NAE_EAOK_eestikeelsed_sunnimeetrikad, lk 27
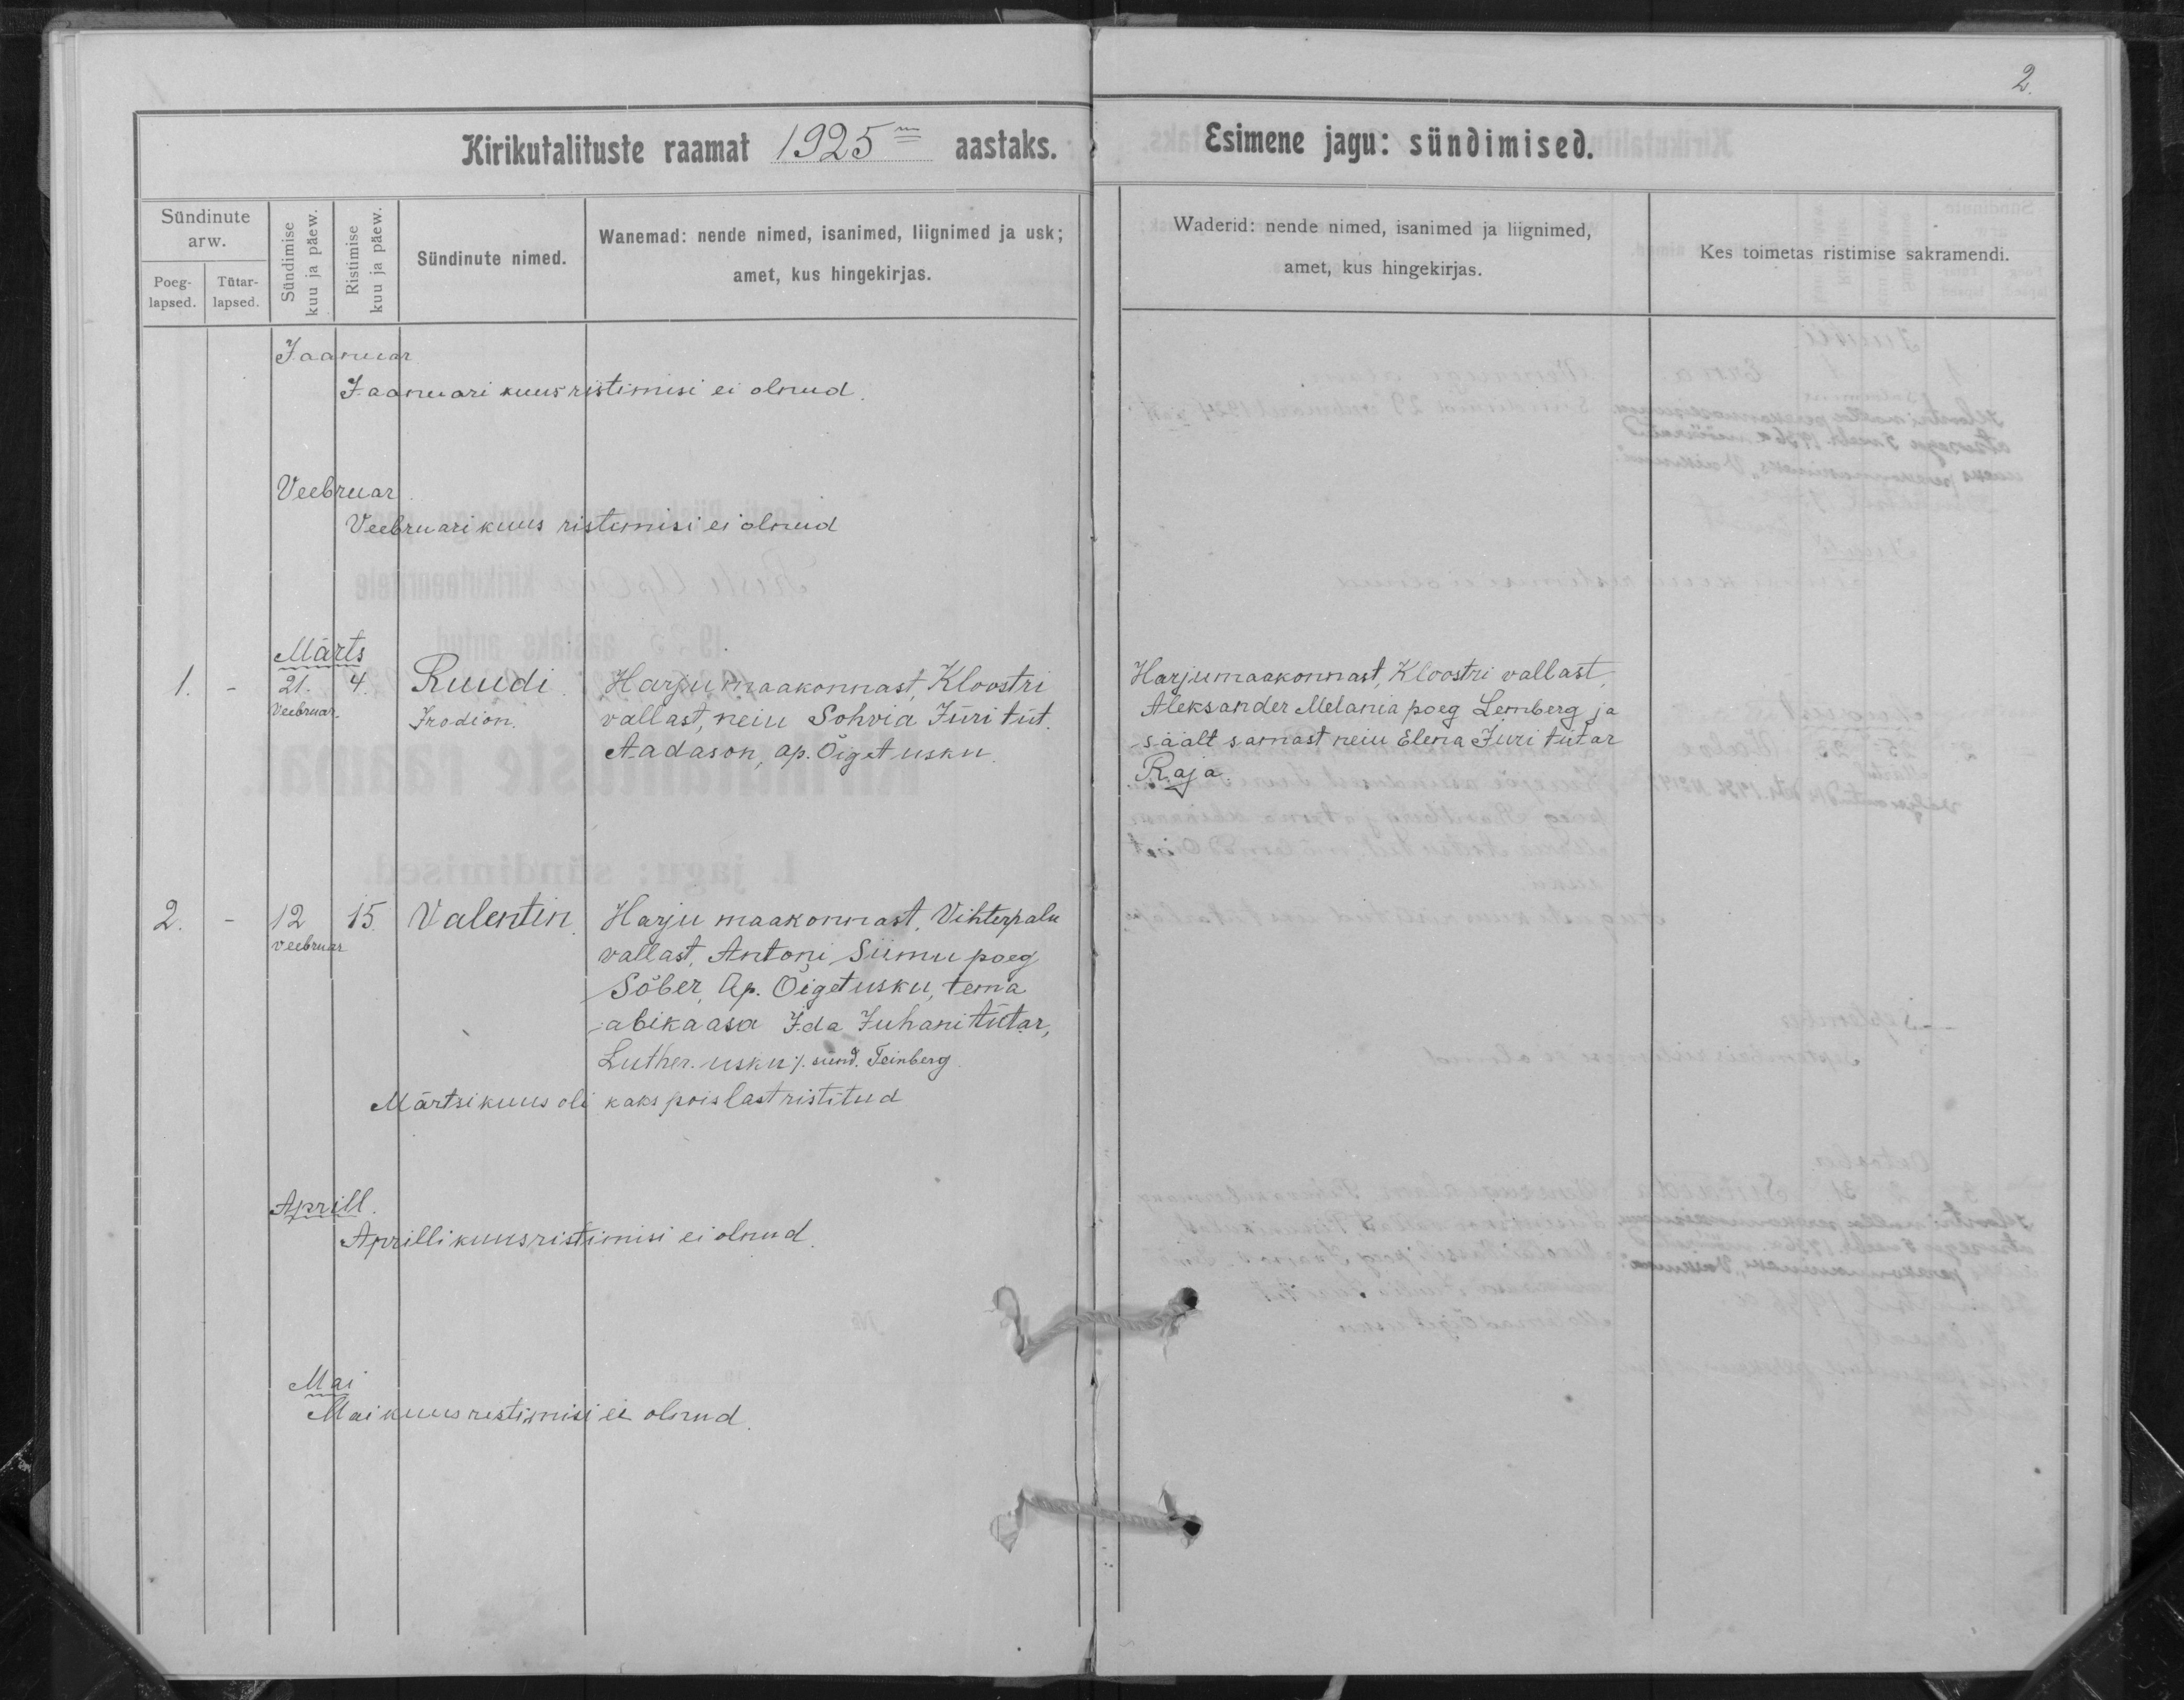
Ruudi
Irodion

Valentin

Harju maakonnast, Kloostri
vallast, neiu Sohvia Jüri tüt.
Aadason, ap. Õiget usku.

Harju maakonnast, Vihterpalu
vallast, Antoni Siimu poeg
Sõber, Ap. Õiget usku, tema
abikaasa Ida Juhani tütar,
Luther usku / sünd. Teinberg.